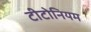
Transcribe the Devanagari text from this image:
टीटोनियम